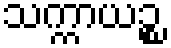
သက္ကာယဉ္စ